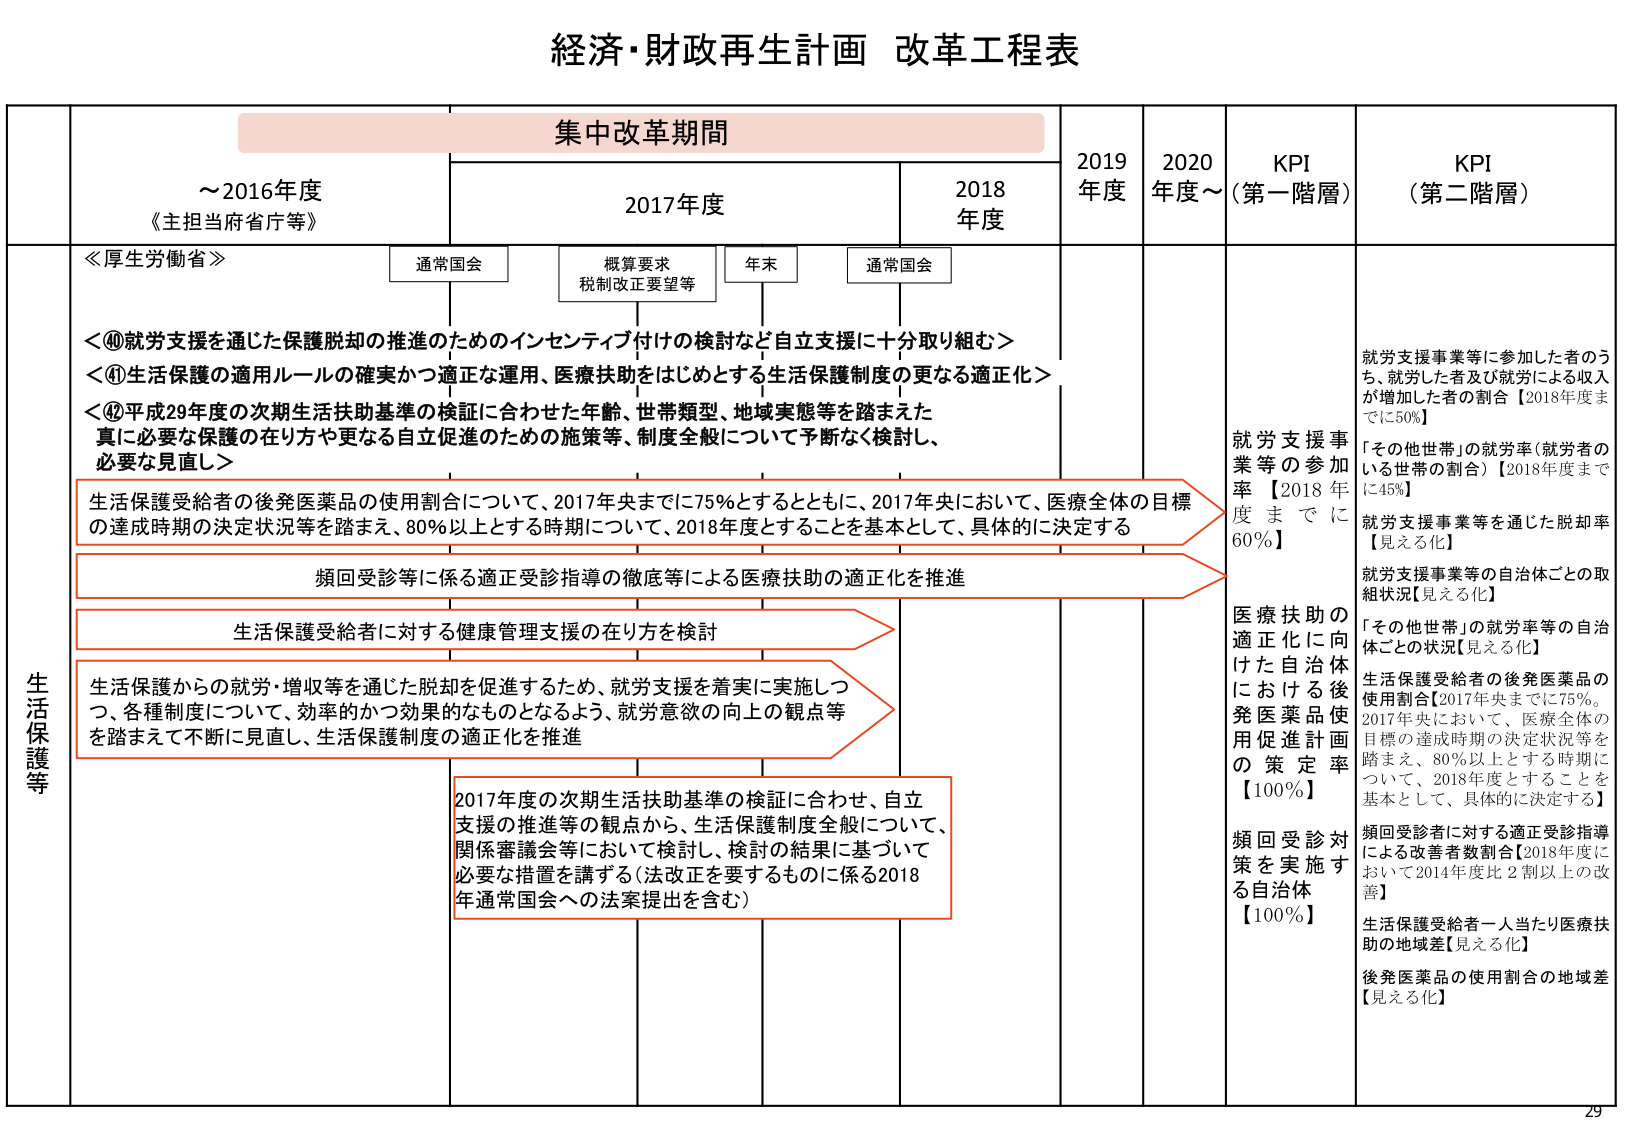
経済・財政再生計画 改革工程表

集中改革期間

～2016年度
《主担当府省庁等》

2017年度
通常国会
概算要求
税制改正要望等
年末
通常国会

2018年度

2019年度
2020年度～

KPI（第一階層）
KPI（第二階層）

生活保護等

≪厚生労働省≫

＜⑩就労支援を通じた保護脱却の推進のためのインセンティブ付けの検討など自立支援に十分取り組む＞
＜⑪生活保護の適用ルールの確実かつ適正な運用、医療扶助をはじめとする生活保護制度の更なる適正化＞
＜⑫平成29年度の次期生活扶助基準の検証に合わせた年齢、世帯類型、地域実態等を踏まえた
真に必要な保護の在り方や更なる自立促進のための施策等、制度全般について予断なく検討し、
必要な見直し＞

生活保護受給者の後発医薬品の使用割合について、2017年央までに75％とするとともに、2017年央において、医療全体の目標の達成時期の決定状況等を踏まえ、80％以上とする時期について、2018年度とすることを基本として、具体的に決定する

頻回受診等に係る適正受診指導の徹底等による医療扶助の適正化を推進

生活保護受給者に対する健康管理支援の在り方を検討

生活保護からの就労・増収等を通じた脱却を促進するため、就労支援を着実に実施しつつ、各種制度について、効率的かつ効果的なものとなるよう、就労意欲の向上の観点等を踏まえて不断に見直し、生活保護制度の適正化を推進

2017年度の次期生活扶助基準の検証に合わせ、自立支援の推進等の観点から、生活保護制度全般について、関係審議会等において検討し、検討の結果に基づいて必要な措置を講ずる（法改正を要するものに係る2018年通常国会への法案提出を含む）

就労支援事業等の参加率【2018年度までに60％】

医療扶助の適正化に向けた自治体における後発医薬品使用促進計画の策定率【100％】

頻回受診対策を実施する自治体【100％】

就労支援事業等に参加した者のうち、就労した者及び就労による収入が増加した者の割合【2018年度までに50％】

「その他世帯」の就労率（就労者のいる世帯の割合）【2018年度までに45％】

就労支援事業等を通じた脱却率【見える化】

就労支援事業等の自治体ごとの取組状況【見える化】

「その他世帯」の就労率等の自治体ごとの状況【見える化】

生活保護受給者の後発医薬品の使用割合【2017年央までに75％。2017年央において、医療全体の目標の達成時期の決定状況等を踏まえ、80％以上とする時期について、2018年度とすることを基本として、具体的に決定する】

頻回受診者に対する適正受診指導による改善者数割合【2018年度において2014年度比2割以上の改善】

生活保護受給者一人当たり医療扶助の地域差【見える化】

後発医薬品の使用割合の地域差【見える化】

29